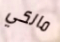
مالكي